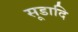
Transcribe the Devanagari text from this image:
सूडादि